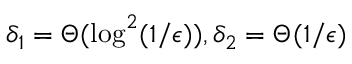
\delta _ { 1 } = \Theta ( \log ^ { 2 } ( 1 / \epsilon ) ) , \delta _ { 2 } = \Theta ( 1 / \epsilon )